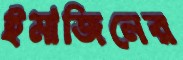
ইমাজিনের